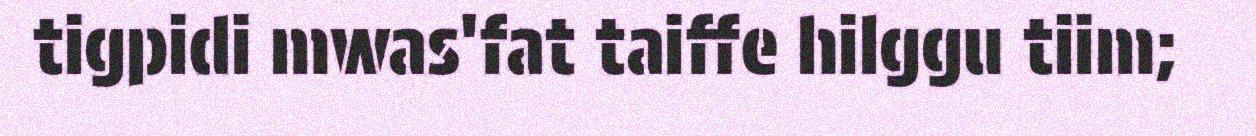
tigpidi mwas'fat taiffe hilggu tiim;